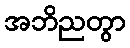
အဘိညတွာ